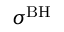
\sigma ^ { \mathrm { B H } }